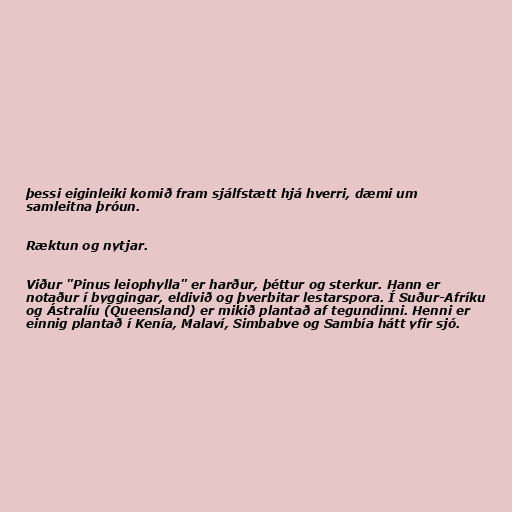
þessi eiginleiki komið fram sjálfstætt hjá hverri, dæmi um
samleitna þróun.

Ræktun og nytjar.

Viður "Pinus leiophylla" er harður, þéttur og sterkur. Hann er
notaður í byggingar, eldivið og þverbitar lestarspora. Í Suður-Afríku
og Ástralíu (Queensland) er mikið plantað af tegundinni. Henni er
einnig plantað í Kenía, Malaví, Simbabve og Sambía hátt yfir sjó.